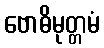
ဗောဓိမုတ္တမံ